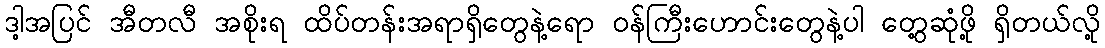
ဒါ့အပြင် အီတလီ အစိုးရ ထိပ်တန်းအရာရှိတွေနဲ့ရော ဝန်ကြီးဟောင်းတွေနဲ့ပါ တွေ့ဆုံဖို့ ရှိတယ်လို့